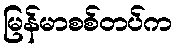
မြန်မာစစ်တပ်က